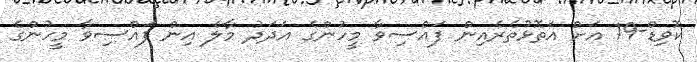
ކޮވިޑް-19 އަށް އަތޮޅުތެރެއިން ފައްސިވާ މީހުންގެ އަދަދު މާލެ އިން ފައްސިވާ މީހުންގެ